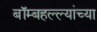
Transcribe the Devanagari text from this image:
बॉम्बहल्ल्यांच्या